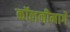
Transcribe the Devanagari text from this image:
कॉलनीमार्गे